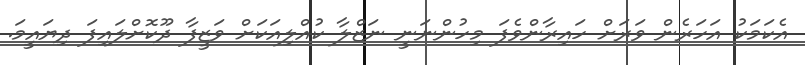
އެކަމަކު އަހަރެން ވަރަށް ހައިރާންވެފަ މިހުންނަނީ ނަޒްލާ ކުއްލިއަކަށް ވަޒީފާ ދޫކޮށްލައިފަ ދިޔައީމަ.